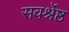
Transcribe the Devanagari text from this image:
सवर्श्रेष्ठ